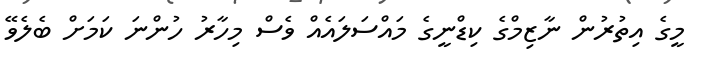
މީގެ އިތުރުން ނާޒިމްގެ ކިޑްނީގެ މައްސަލައެއް ވެސް މިހާރު ހުންނަ ކަމަށް ބެލެވޭ